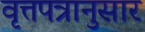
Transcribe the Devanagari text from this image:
वृत्तपत्रानुसार